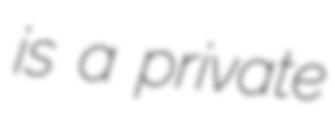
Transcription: is a private